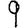
Digit: 9